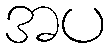
အပ